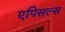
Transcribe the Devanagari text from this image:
एपिसल्स